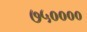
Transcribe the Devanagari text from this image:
७५००००